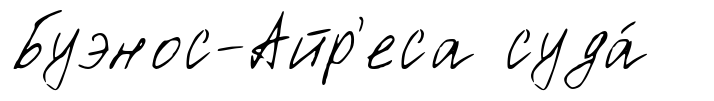
Буэнос-Айр'еса суда́